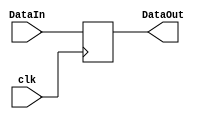
module Delay_DFF(DataOut,DataIn,clk);

input [7:0] DataIn;
input clk;
output [7:0] DataOut;
reg [7:0] DataOut;

always@(posedge clk)
begin
   DataOut <= DataIn;
end

endmodule